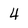
Character: 4